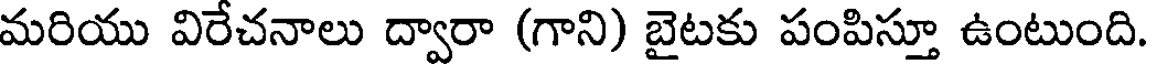
మరియు విరేచనాలు ద్వారా (గాని) బైటకు పంపిస్తూ ఉంటుంది